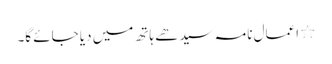
٭ اعمال نامہ سیدھے ہاتھ میں دیا جائے گا۔